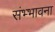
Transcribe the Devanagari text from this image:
संभ्भावना